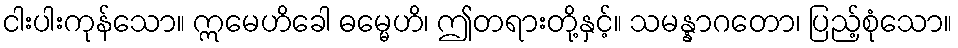
ငါးပါးကုန်သော။ ဣမေဟိခေါ ဓမ္မေဟိ၊ ဤတရားတို့နှင့်။ သမန္နာဂတော၊ ပြည့်စုံသော။